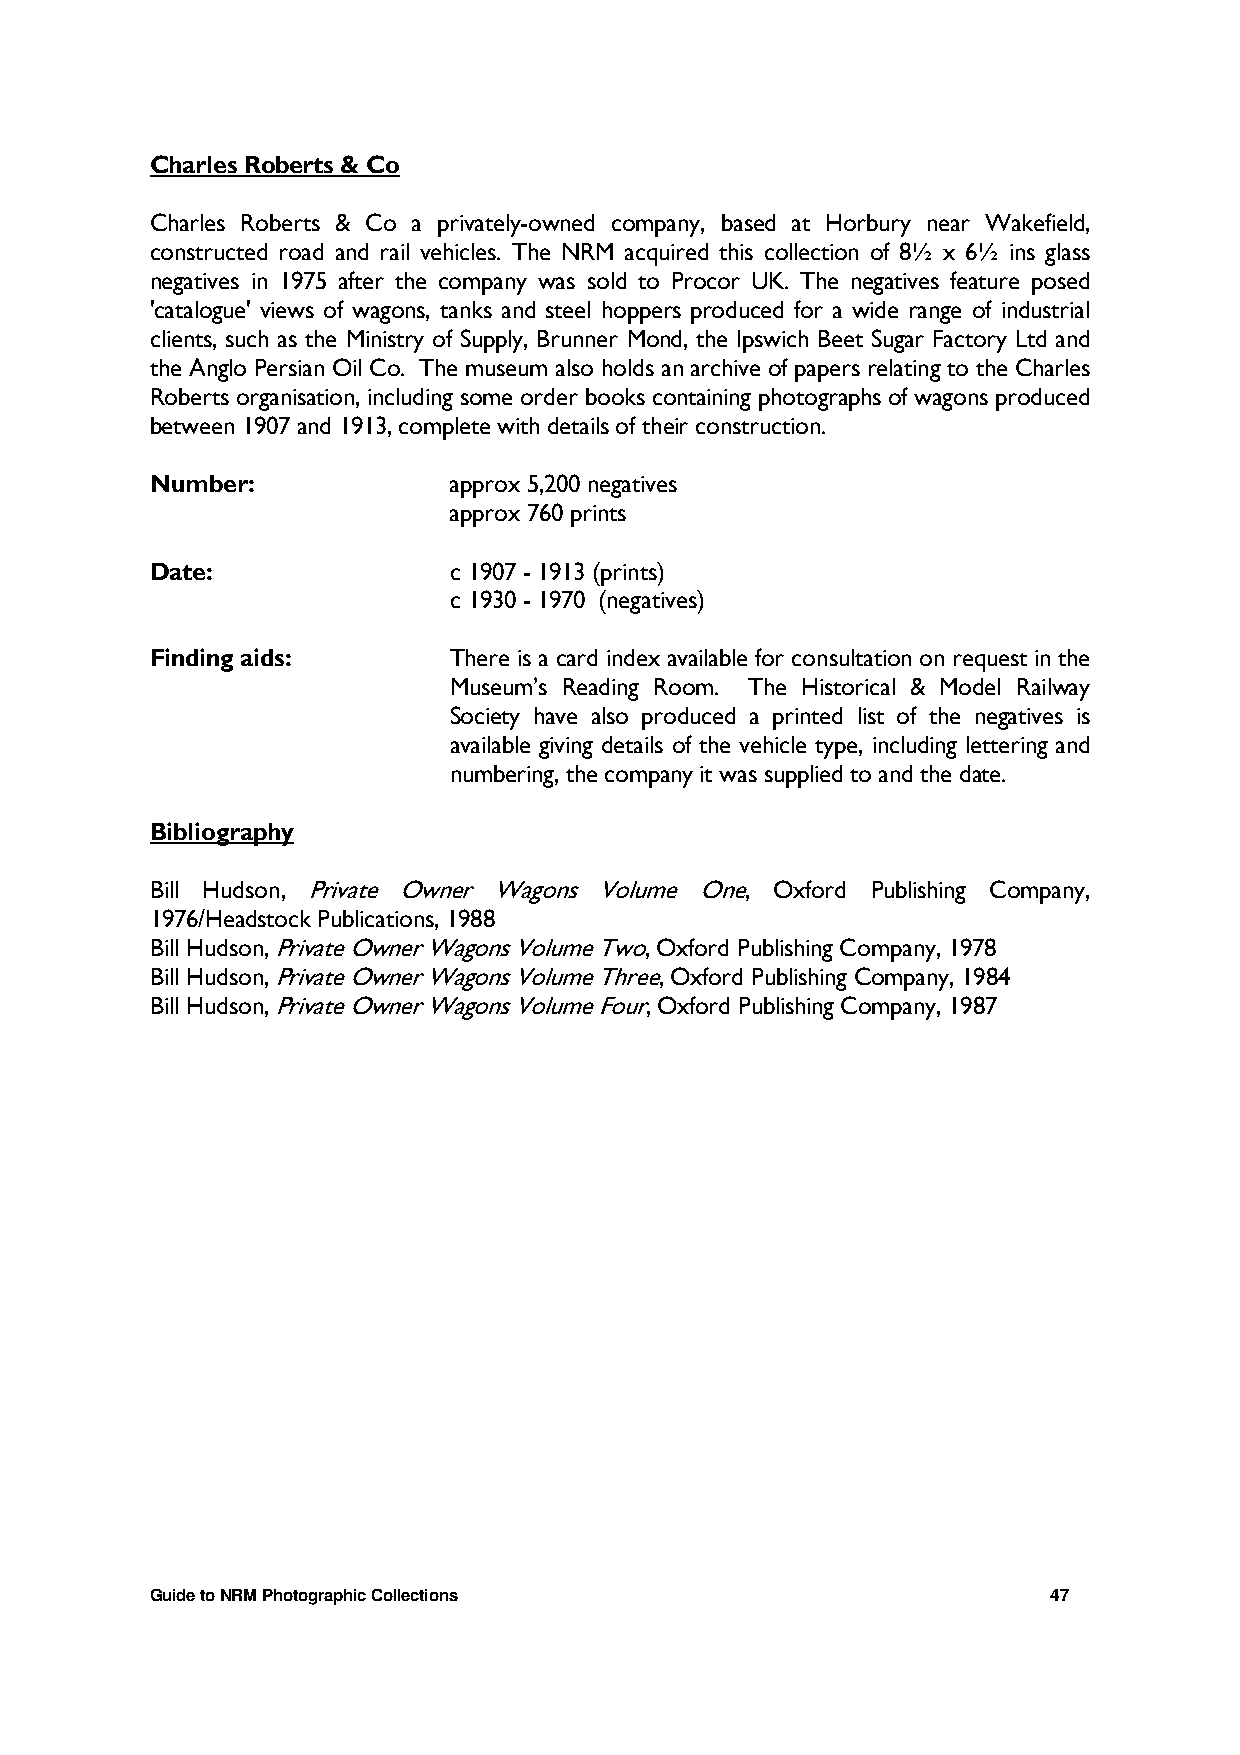
Charles Roberts & Co
 Charles Roberts & Co a privately-owned company, based at Horbury near Wakefield,
 constructed road and rail vehicles. The NRM acquired this collection of 8½ x 6½ ins glass
 negatives in 1975 after the company was sold to Procor UK. The negatives feature posed
 'catalogue' views of wagons, tanks and steel hoppers produced for a wide range of industrial
 clients, such as the Ministry of Supply, Brunner Mond, the Ipswich Beet Sugar Factory Ltd and
 the Anglo Persian Oil Co. The museum also holds an archive of papers relating to the Charles
 Roberts organisation, including some order books containing photographs of wagons produced
 between 1907 and 1913, complete with details of their construction.
 Number:             approx 5,200 negatives
 approx 760 prints
 Date:               c 1907 - 1913 (prints)
 c 1930 - 1970 (negatives)
 Finding aids:       There is a card index available for consultation on request in the
 Museum’s Reading Room. The Historical & Model Railway
 Society have also produced a printed list of the negatives is
 available giving details of the vehicle type, including lettering and
 numbering, the company it was supplied to and the date.
 Bibliography
 Bill Hudson, Private Owner Wagons Volume One, Oxford Publishing Company,
 1976/Headstock Publications, 1988
 Bill Hudson, Private Owner Wagons Volume Two, Oxford Publishing Company, 1978
 Bill Hudson, Private Owner Wagons Volume Three, Oxford Publishing Company, 1984
 Bill Hudson, Private Owner Wagons Volume Four, Oxford Publishing Company, 1987
 Guide to NRM Photographic Collections                       47